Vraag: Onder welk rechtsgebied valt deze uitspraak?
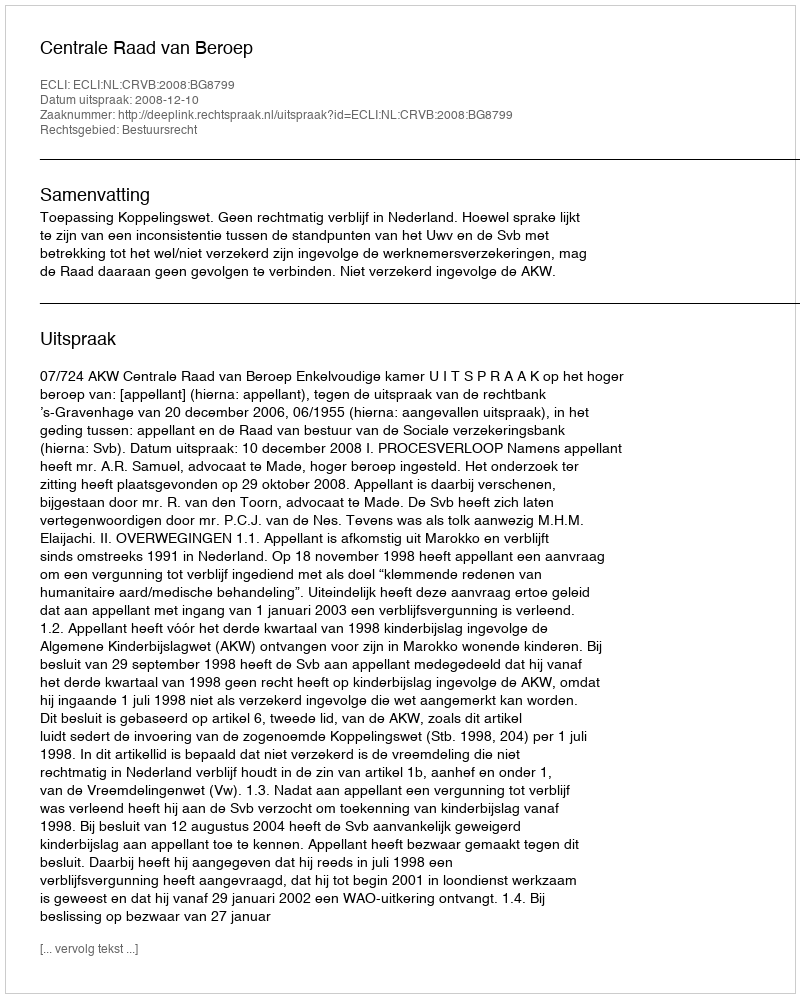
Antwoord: Bestuursrecht